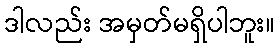
ဒါလည်း အမှတ်မရှိပါဘူး။